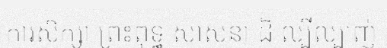
ការសិក្សា ព្រះពុទ្ធ សាសនា ដ៏ ល្បីល្បាញ់